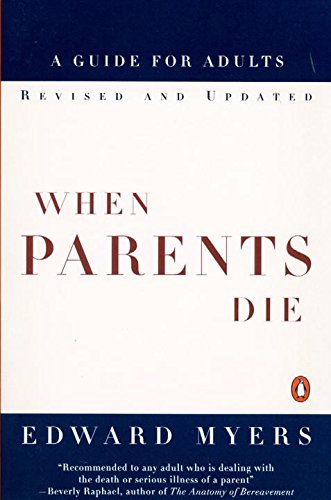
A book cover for When Parents Die: A Guide for Adults; Edward Myers; Parenting & Relationships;